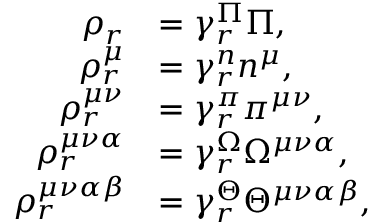
\begin{array} { r l } { \rho _ { r } } & { = \gamma _ { r } ^ { \Pi } \Pi , } \\ { \rho _ { r } ^ { \mu } } & { = \gamma _ { r } ^ { n } n ^ { \mu } , } \\ { \rho _ { r } ^ { \mu \nu } } & { = \gamma _ { r } ^ { \pi } \pi ^ { \mu \nu } , } \\ { \rho _ { r } ^ { \mu \nu \alpha } } & { = \gamma _ { r } ^ { \Omega } \Omega ^ { \mu \nu \alpha } , } \\ { \rho _ { r } ^ { \mu \nu \alpha \beta } } & { = \gamma _ { r } ^ { \Theta } \Theta ^ { \mu \nu \alpha \beta } , } \end{array}